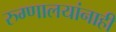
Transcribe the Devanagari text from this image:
रुग्णालयांनाही